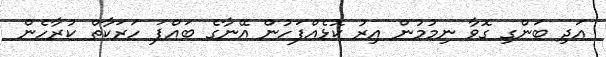
އަދި ބަންގި ގޮވާ ނިމުމުން އިރު ކޮޅެއްފަހުން އޭނާގެ ބައްޕަ ހަރަކާތް ކުރާހެން